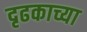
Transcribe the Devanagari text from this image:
दृढकाच्या